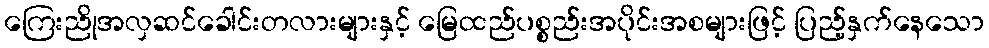
ကြေးညိုအလှဆင်ခေါင်းတလားများနှင့် မြေထည်ပစ္စည်းအပိုင်းအစများဖြင့် ပြည့်နှက်နေသော